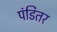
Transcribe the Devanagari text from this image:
पंडितर